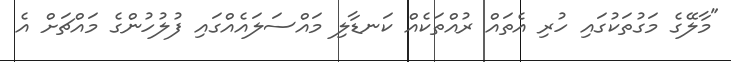
"މާލޭގެ މަގުތަކުގައި ހުރި އެތައް ރުއްތަކެއް ކަނޑާލި މައްސަލައެއްގައި ފުލުހުންގެ މައްޗަށް އެ